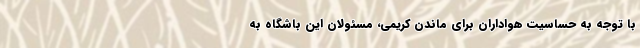
با توجه به حساسیت هواداران برای ماندن کریمی، مسئولان این باشگاه به